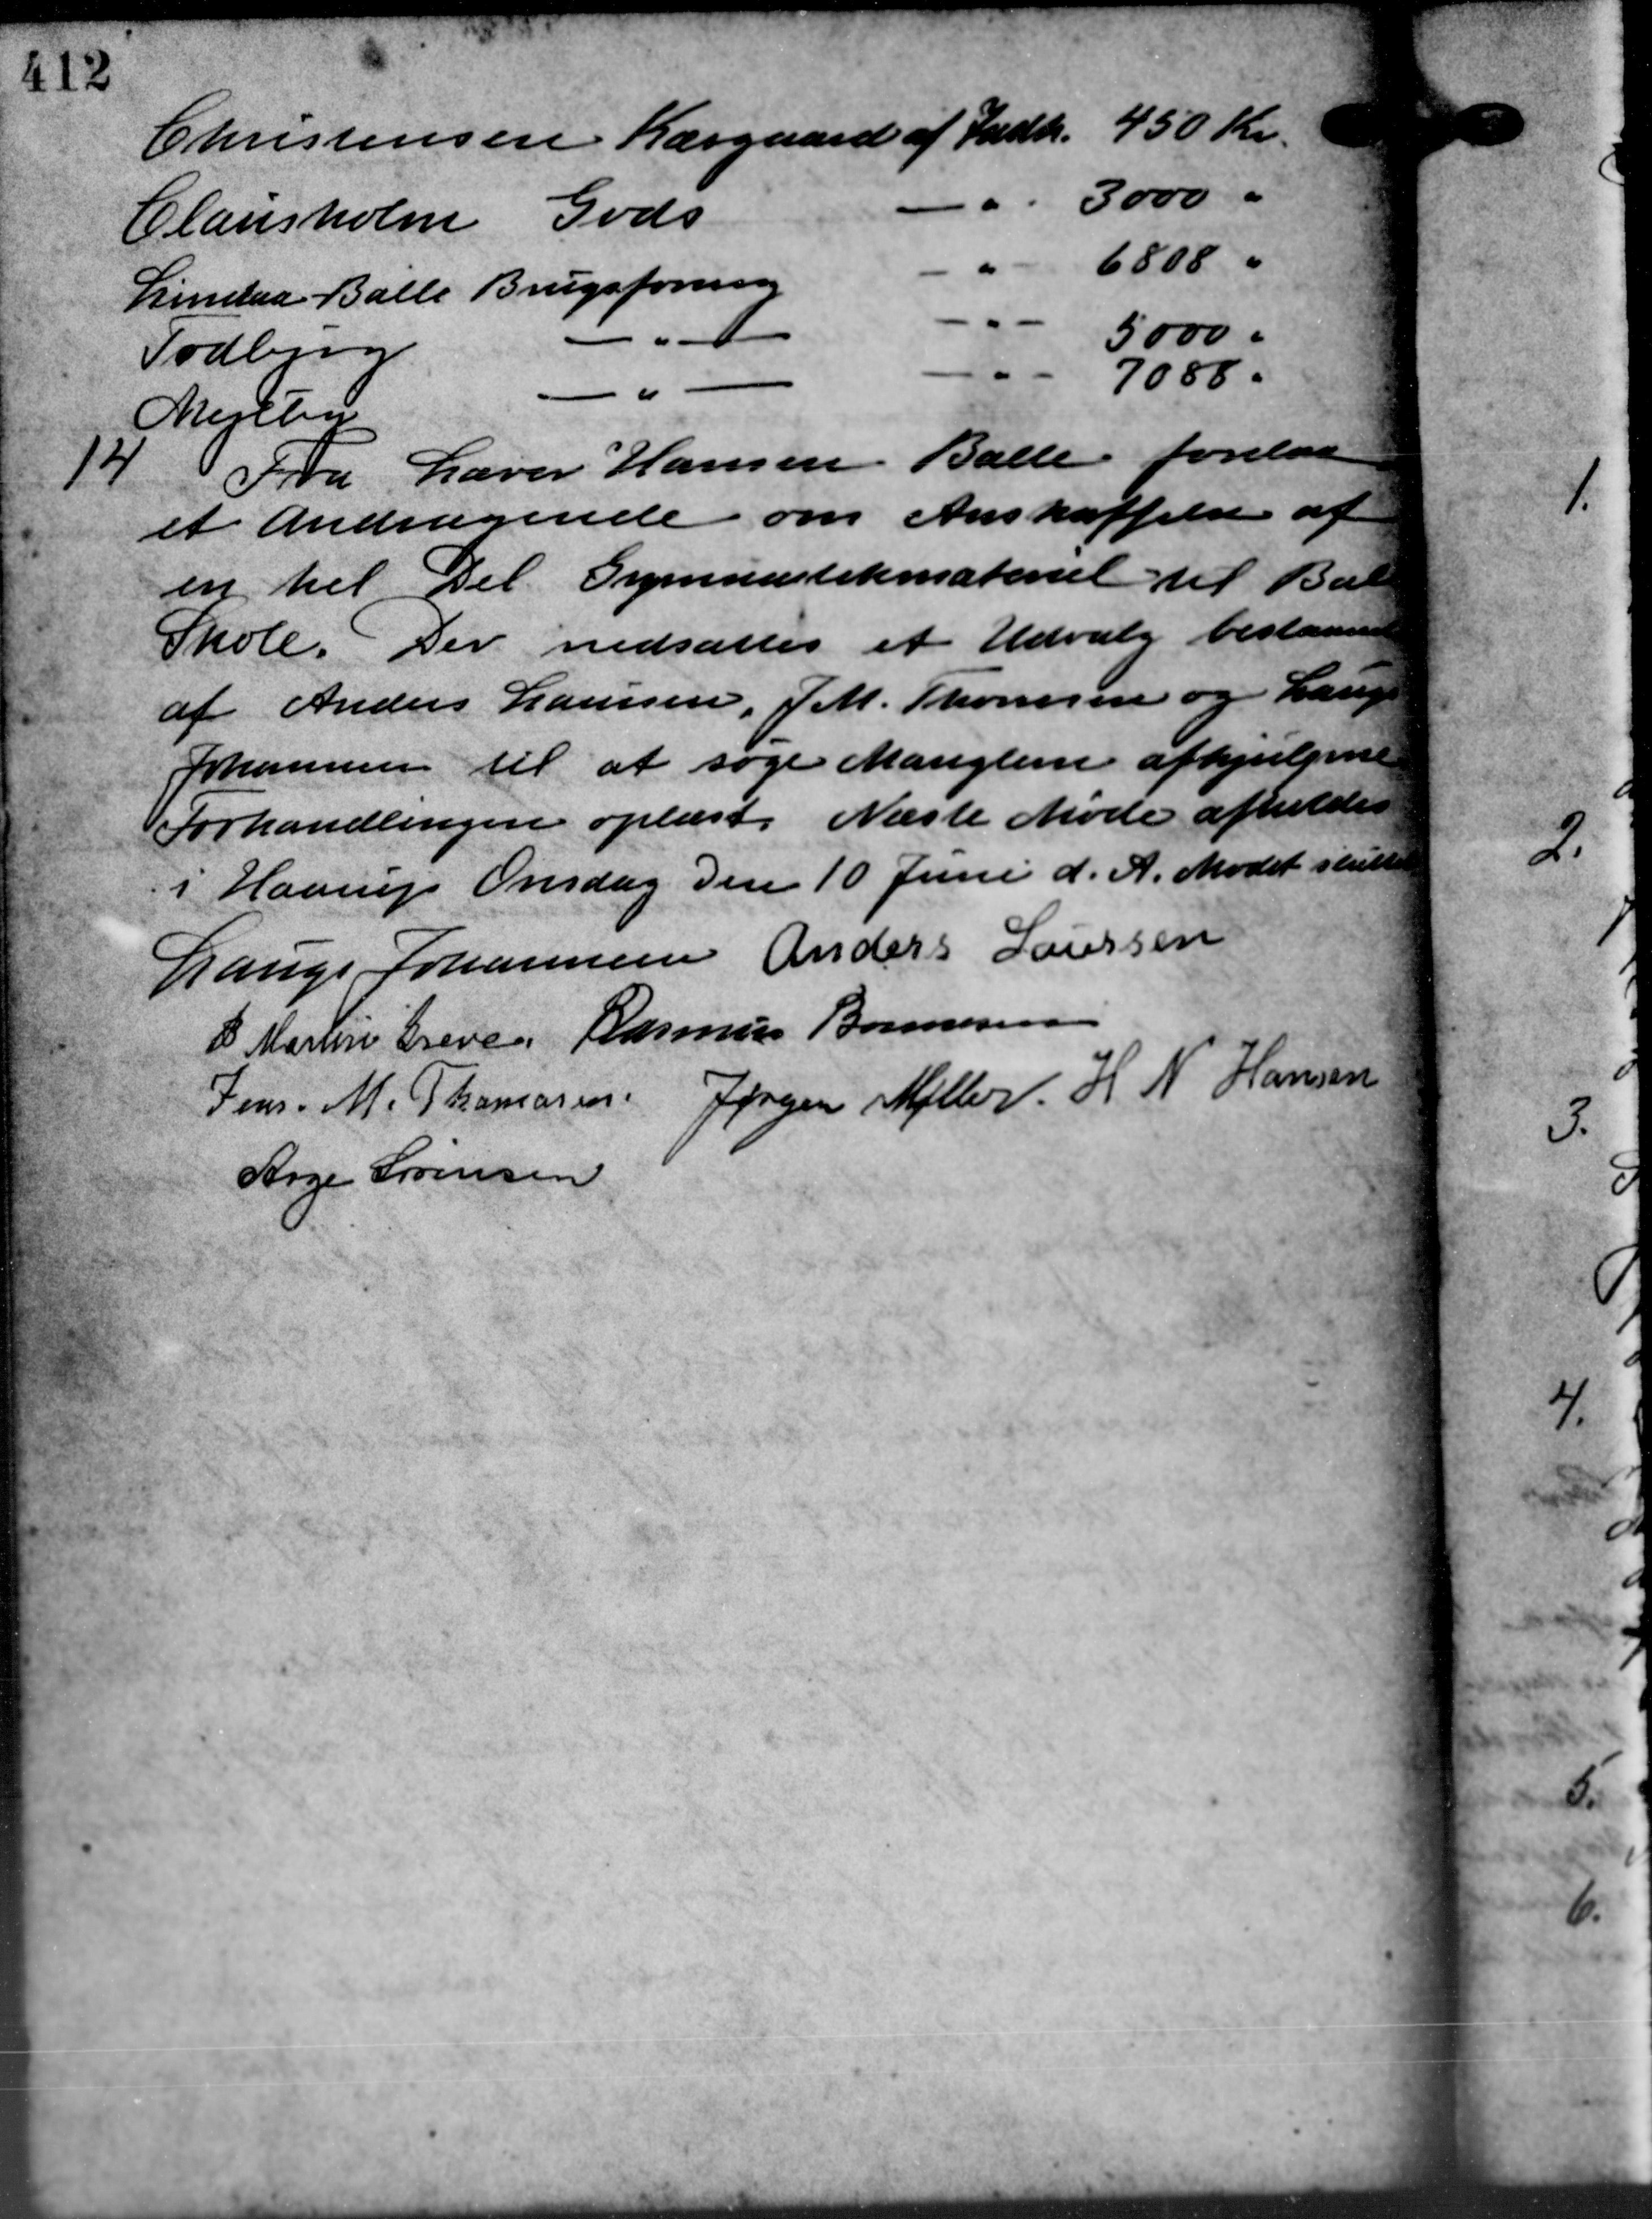
Transskription:
Christensen Kærgaard af Indk. 450 Kr.
3000 "
Clausholm Gods
6808 "
Lindaa Balle Brugsforening
5000 "
Todbjerg
-
7088.
"
Mertsen
14
Fra Lærer Hansen Balle forelaa
et Andragende om Anskaffelse af
en til Del Gymnastikmateriel til Bal
Skole. Der nedsattes et Udvalg bestaaen
af Anders Laursen, J.M. Thomsen og Lang
Johannesen til at søge Manglerne afhjulpen
Forhandlingen oplæst. Næste Møde afholdes
i Haarup Onsdag den 10 Juni d. A. Mødet slutte
Lauge Johannesen Anders Laursen
P. Martin Greve Rasmus Bonnesen
Jens M. Thomasen Jørgen Møller H N Hansen
Aage Sørensen